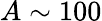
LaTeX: A\sim 100